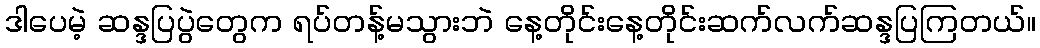
ဒါပေမဲ့ ဆန္ဒပြပွဲတွေက ရပ်တန့်မသွားဘဲ နေ့တိုင်းနေ့တိုင်းဆက်လက်ဆန္ဒပြကြတယ်။